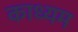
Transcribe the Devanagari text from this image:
काध्यम